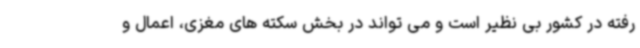
رفته در کشور بی نظیر است و می تواند در بخش سکته های مغزی، اعمال و